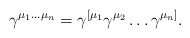
\begin{align*}\gamma^{\mu_{1}\ldots\mu_{n}} = \gamma^{[\mu_{1}} \gamma^{\mu_{2}} \ldots\gamma^{\mu_{n}]}.\end{align*}